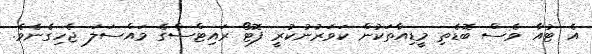
އެ ޓުއާ ވެސް ބޮޑެތި މީޑިއާތަކުން ކަވަރުނުކުރީ ފޮޓޯ ރައިޓްސްގެ މައްސަލަ ޖެހިގެނެވެ.